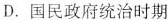
D.国民政府统治时期